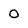
Character: 0